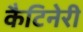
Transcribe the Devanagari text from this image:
कैटिनेरी